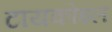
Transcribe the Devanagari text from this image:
टायकोइल